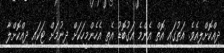
ދިއްކޮށްލިއެވެ. އަތުގައި އޮތް އެންމެ އަގުބޮޑު އެތި އެހެންމީހަކަށް ދިނުމަށް ޓަކައި ދިއްކޮށްލާ